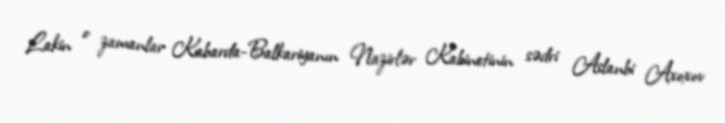
Lakin o zamanlar Kabarda-Balkariyanın Nazirlər Kabinetinin sədri Aslanbi Axoxov